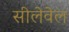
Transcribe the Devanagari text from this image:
सीलेवेल